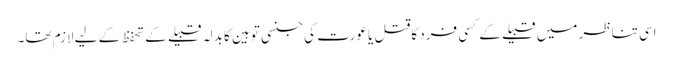
اسی تناظر میں قبیلے کے کسی فرد کاقتل یا عورت کی جنسی توہین کا بدلہ قبیلے کے تحفظ کے لیے لازم تھا۔